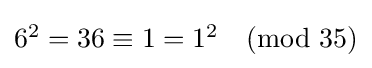
\textstyle 6^{2}=36\equiv 1=1^{2}{\pmod {35}}